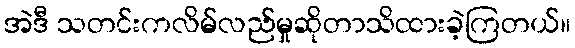
အဲဒီ သတင်းကလိမ်လည်မှုဆိုတာသိထားခဲ့ကြတယ်။